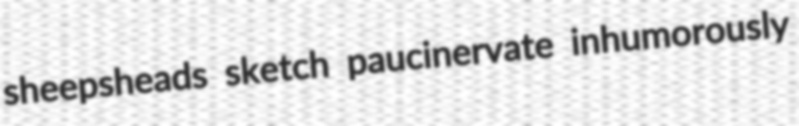
sheepsheads sketch paucinervate inhumorously